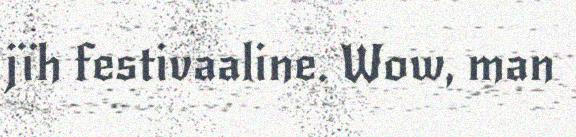
jïh festivaaline. Wow, man